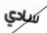
سادي